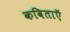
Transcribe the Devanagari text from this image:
कविताऍ